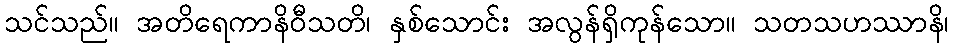
သင်သည်။ အတိရေကာနိဝီသတိ၊ နှစ်သောင်း အလွန်ရှိကုန်သော။ သတသဟဿာနိ၊